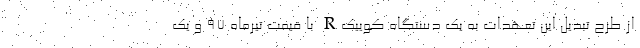
از طرح تبدیل این تعهدات به یک دستگاه کوییکR با قیمت تیرماه ۹۷ و یک